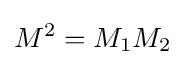
M^{2}=M_{1}M_{2}